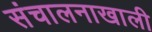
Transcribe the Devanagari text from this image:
संचालनाखाली